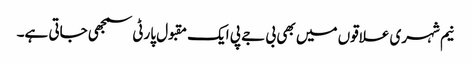
نیم شہری علاقوں میں بھی بی جے پی ایک مقبول پارٹی سمجھی جاتی ہے۔